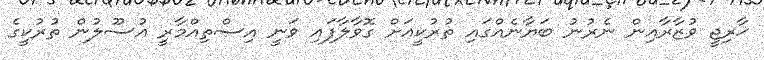
ޚާރިޖީ ވުޒާރާއިން ނެރުނު ބަޔާނެއްގައި ތުރުކީއަށް ގޮވާލާފައި ވަނީ އިސްތިއްމާރީ އުސޫލުން ތުރުކީގެ